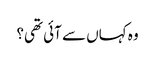
وہ کہاں سے آئی تھی؟